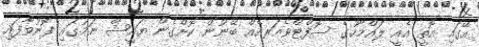
އޭގައި އޮތީ އެއީ ލައްމާހުގެ ސޮފްޓްވެއަރއެއް ބޭނުން ކޮށްގެން ޔައީޝް ނަމުގައި ފޮނުވާފައި